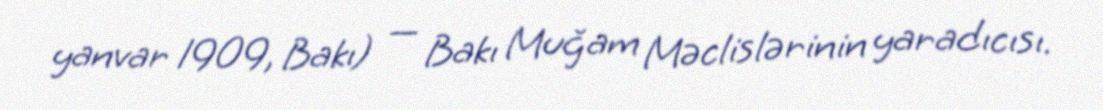
yanvar 1909, Bakı) — Bakı Muğam Məclislərinin yaradıcısı.